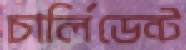
চার্লিডেন্ট